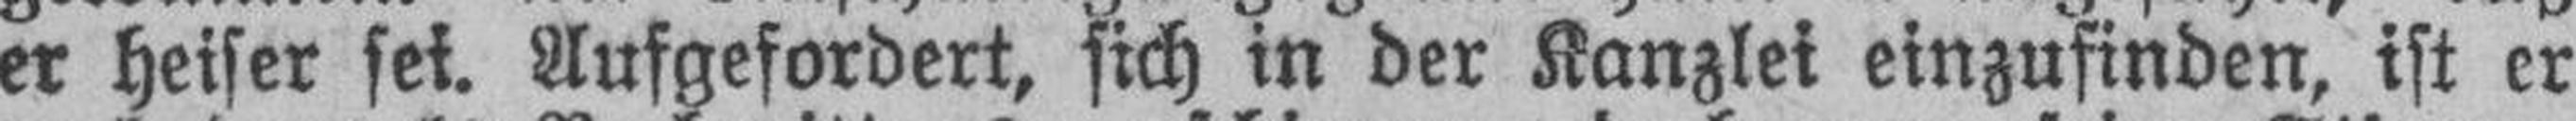
er heiser sei. Aufgefordert, sich in der Kanzlei einzufinden, ist er